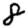
Digit: 8